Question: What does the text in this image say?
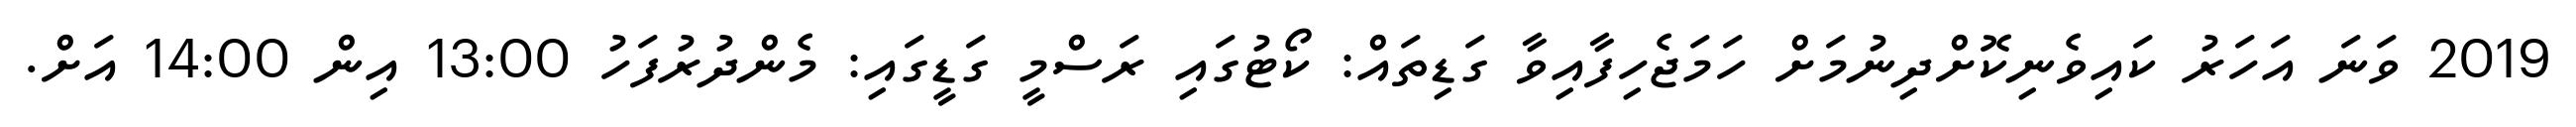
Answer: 2019 ވަނަ އަހަރު ކައިވެނިކޮށްދިނުމަށް ހަމަޖެހިފާއިވާ ގަޑިތައް: ކޯޓުގައި ރަސްމީ ގަޑީގައި: މެންދުރުފަހު 13:00 އިން 14:00 އަށް.